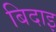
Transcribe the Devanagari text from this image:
बिदाइ